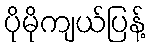
ပိုမိုကျယ်ပြန့်